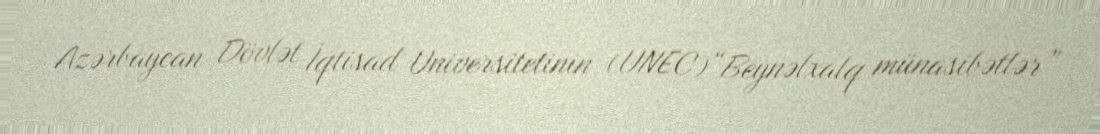
Azərbaycan Dövlət İqtisad Universitetinin (UNEC)“Beynəlxalq münasibətlər”